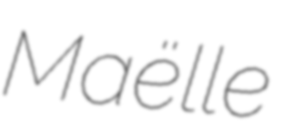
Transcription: Maëlle